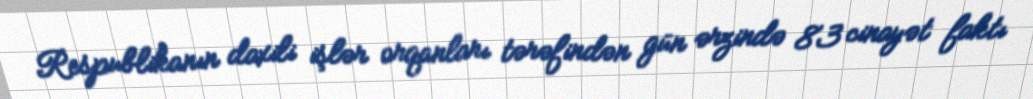
Respublikanın daxili işlər orqanları tərəfindən gün ərzində 83 cinayət faktı